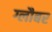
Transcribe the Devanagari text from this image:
ग्लौबर